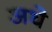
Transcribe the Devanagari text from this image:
अधे